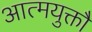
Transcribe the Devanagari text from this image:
आत्मयुक्तौ